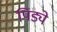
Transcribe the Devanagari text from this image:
पिंड्ये